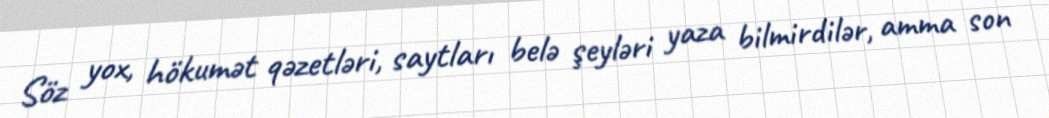
Söz yox, hökumət qəzetləri, saytları belə şeyləri yaza bilmirdilər, amma son